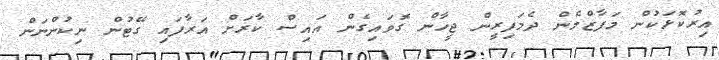
އިރުކޮޅަކުން މަފާޒްމެން ދެމަފިރީން ޖީހާން ގޮވައިގެން އައިސް ކާރަށް އަރާފައި ގޭޓުން ނިކުންނަން